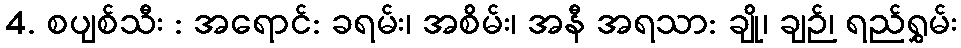
4. စပျစ်သီး : အရောင်: ခရမ်း၊ အစိမ်း၊ အနီ အရသာ: ချို၊ ချဉ်၊ ရည်ရွှမ်း